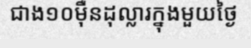
ជាង១០ម៉ឺនដុល្លារក្នុងមួយថ្ងៃ